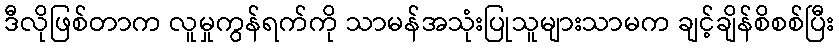
ဒီလိုဖြစ်တာက လူမှုကွန်ရက်ကို သာမန်အသုံးပြုသူများသာမက ချင့်ချိန်စိစစ်ပြီး